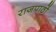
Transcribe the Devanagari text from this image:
राजपाठों